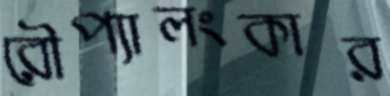
রৌপ্যালংকার